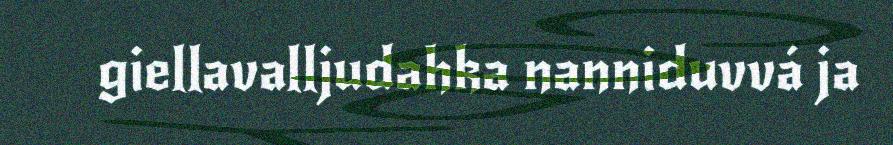
giellavalljudahka nanniduvvá ja